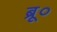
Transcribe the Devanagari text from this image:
ब्रू०